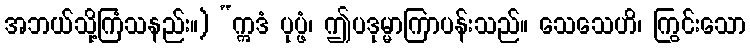
အဘယ်သို့ကြံသနည်း။) “ဣဒံ ပုပ္ဖံ၊ ဤပဒုမ္မာကြာပန်းသည်။ သေသေဟိ၊ ကြွင်းသော